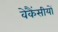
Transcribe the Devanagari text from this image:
वेकैंसीयों